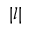
| l |